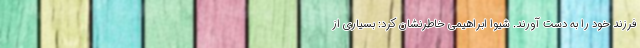
فرزند خود را به دست آورند. شیوا ابراهیمی خاطرنشان کرد: بسیاری از